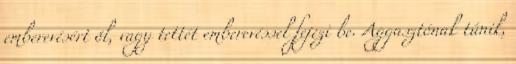
emberevésért öl, vagy tettét emberevéssel fejezi be. Aggasztónak tűnik,